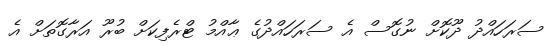
ސަރަހައްދު ދޫކޮށް ނުގޮސް އެ ސަރަހައްދުގެ ޢާއްމު ޓްރެފިކަށް ބުރޫ އަރާގޮތަށް އެ